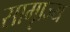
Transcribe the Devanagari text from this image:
सामृाज्य